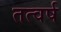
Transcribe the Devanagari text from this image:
तत्वर्ष